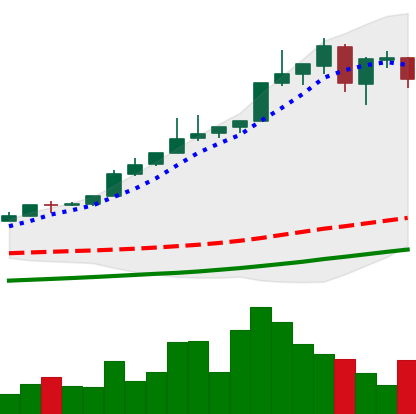
Ticker: BTC-USD
Chart end date: 2017-05-15
Forward return: 19.92%
Label: up_7plus